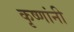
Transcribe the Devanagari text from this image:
कृष्णांनी